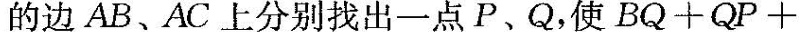
的边AB、AC上分别找出一点P、Q，使BQ+QP+